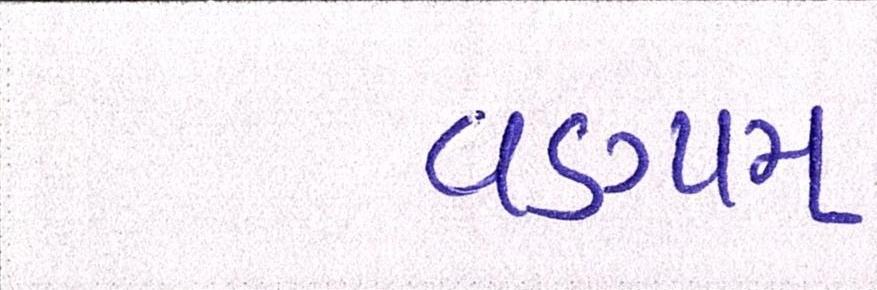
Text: વડગામ